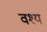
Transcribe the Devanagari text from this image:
वश्य